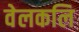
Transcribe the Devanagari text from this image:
वेलकलि